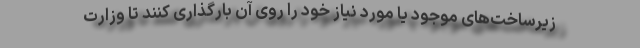
زیرساخت‌های موجود یا مورد نیاز خود را روی آن بارگذاری کنند تا وزارت